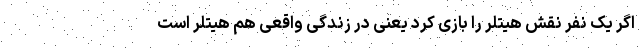
اگر یک نفر نقش هیتلر را بازی کرد یعنی در زندگی واقعی هم هیتلر است